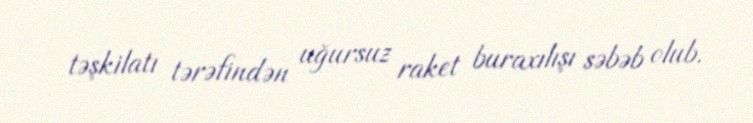
təşkilatı tərəfindən uğursuz raket buraxılışı səbəb olub.